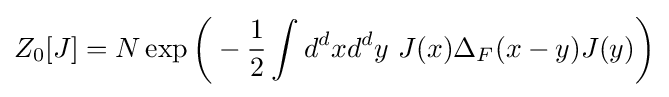
Z_{0}[J]=N\exp {\bigg (}-{\frac {1}{2}}\int d^{d}xd^{d}y\ J(x)\Delta _{F}(x-y)J(y){\bigg )}